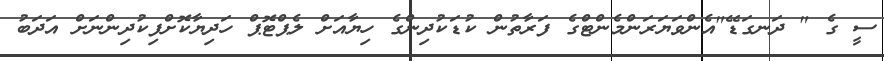
ސީ ގެ " ދަނގަޑޭ"އެންވަޔަރަންމެންޓްގެ ފަރާތުން ކުޑަކުދިންގެ ހިޔާއަށް ލެޕްޓޮޕް ހަދިޔާކޮށްފިކުދިންނަށް އަދަބު